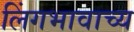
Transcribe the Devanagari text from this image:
लिंगभावाच्य